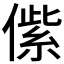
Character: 𱏑